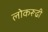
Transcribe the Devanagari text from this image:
लोकरूढी